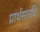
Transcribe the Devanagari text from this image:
प्रार्थसारधि